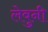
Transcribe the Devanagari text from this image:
लेवुनी